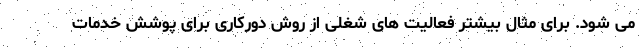
می شود. برای مثال بیشتر فعالیت های شغلی از روش دورکاری برای پوشش خدمات